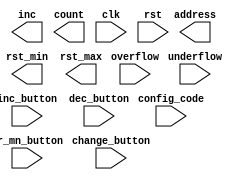
`timescale 1ns / 1ps

module IRDEC(
        input wire inc_button,
        input wire dec_button,
        input wire hr_mn_button,
        input wire change_button,
        
        input wire [7:0] config_code,
        output reg [1:0] address,
        
        input wire [3:0] overflow,
        input wire [3:0] underflow,
        output reg [3:0] rst_min,
        output reg [3:0] rst_max,
        output reg [3:0] inc,
        output reg [3:0] count,
        
        input wire clk,
        input wire rst
    );
endmodule